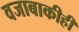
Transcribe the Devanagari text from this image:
वजाबाकीही